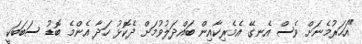
"އަހަރުމެނަށް ވެސް އެނގޭ އެމެރިކާއިން ބައްދަލުވުމަށް ދެކޮޅު ހަދާ އެންމެ ބޮޑު ސަބަބަކީ